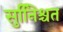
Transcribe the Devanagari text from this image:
सुनििश्चत